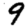
Digit: 9